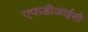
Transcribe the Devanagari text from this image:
एफडीआईसी